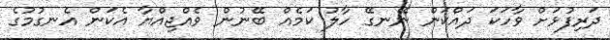
ދަރިފުޅަށް ވާހަކަ ދައްކަން ނޭނގޭ ހާލު ކަމެއް ބޭނުން ވެއްޖިއްޔާ އެކަން އެނގުމުގެ